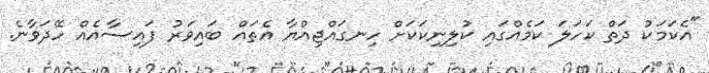
"އެކަމަކު ދަތް ކަހަލަ ކަމެއްގައި ކުލިނިކަކަށް ހިނގައްޖިއްޔާ އެތައް ބައިވަރު ފައިސާއެއް ހޭދަވާނެ.